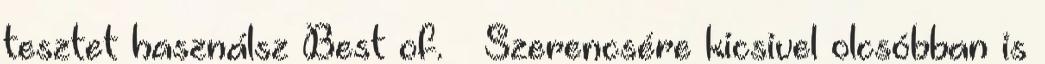
tesztet használsz Best of. 🙂 Szerencsére kicsivel olcsóbban is